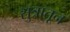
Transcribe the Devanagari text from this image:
सुत्रातून